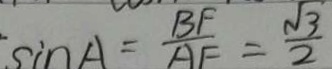
\sin A = \frac { B F } { A F } = \frac { \sqrt { 3 } } { 2 }